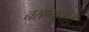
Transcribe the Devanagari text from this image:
नसण्याचीही